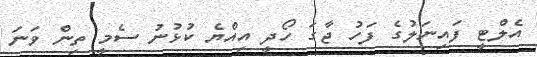
އެލްޓީ ފައިނަލުގެ ފަހު ޖާގަ ހޯދީ އިއްޔެ ކުޅުނު ސެމީ ތިން ވަނަ